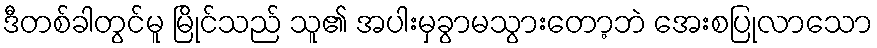
ဒီတစ်ခါတွင်မူ မြိုင်သည် သူ၏ အပါးမှခွာမသွားတော့ဘဲ အေးစပြုလာသော